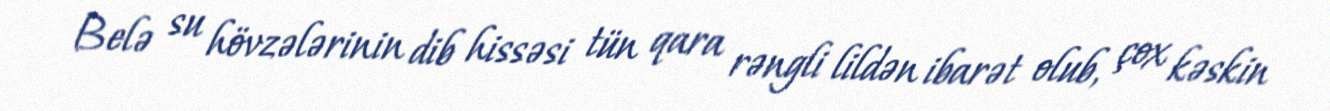
Belə su hövzələrinin dib hissəsi tün qara rəngli lildən ibarət olub, çox kəskin